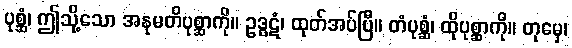
ပုစ္ဆံ၊ ဤသို့သော အနုမတိပုစ္ဆာကို။ ဥဒ္ဓဋံ၊ ထုတ်အပ်ပြီ။ တံပုစ္ဆံ၊ ထိုပုစ္ဆာကို။ တုမှေ၊